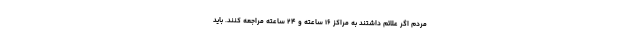
مردم اگر علائم داشتند به مراکز ۱۶ ساعته و ۲۴ ساعته مراجعه کنند. باید